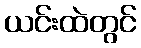
ယင်းထဲတွင်